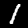
Digit: 1